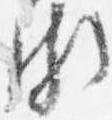
頗